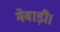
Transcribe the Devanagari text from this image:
मेवाड़ी।